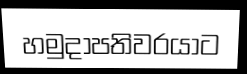
හමුදාපතිවරයාට